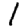
Digit: 1